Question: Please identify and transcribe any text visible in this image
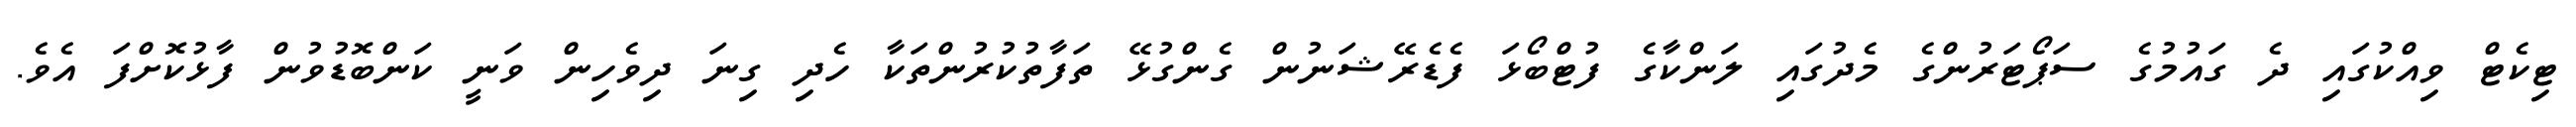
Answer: ޓިކެޓް ވިއްކުގައި ދެ ގައުމުގެ ސަޕޯޓަރުންގެ މެދުގައި ލަންކާގެ ފުޓްބޯޅަ ފެޑެރޭޝަނުން ގެންގުޅޭ ތަފާތުކުރުންތަކާ ހެދި ގިނަ ދިވެހިން ވަނީ ކަންބޮޑުވުން ފާޅުކޮށްފަ އެވެ.